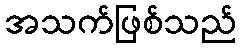
အသက်ဖြစ်သည်